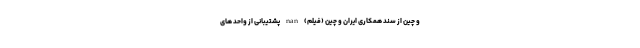
و چین از سند همکاری‌ ایران و چین (فیلم) nan پشتیبانی از واحد های